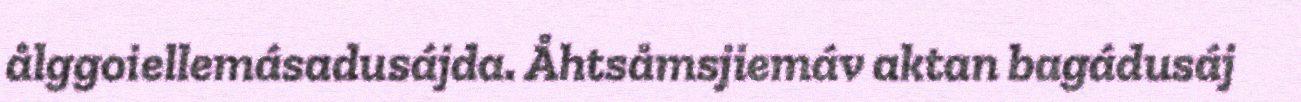
ålggoiellemásadusájda. Åhtsåmsjiemáv aktan bagádusáj